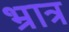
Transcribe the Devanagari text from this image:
भ्रात्र